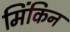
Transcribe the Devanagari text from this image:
मिंकिन